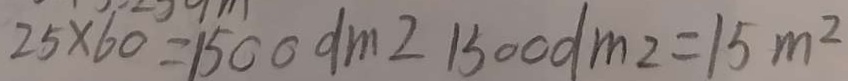
2 5 \times 6 0 = 1 5 0 0 d m = 1 5 0 0 d m ^ { 2 } = 1 5 m ^ { 2 }